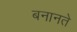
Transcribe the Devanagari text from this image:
बनानते